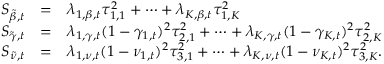
\begin{array} { r c l } { S _ { \tilde { \beta } , t } } & { = } & { \lambda _ { 1 , \beta , t } \tau _ { 1 , 1 } ^ { 2 } + \dots + \lambda _ { K , \beta , t } \tau _ { 1 , K } ^ { 2 } } \\ { S _ { \tilde { \gamma } , t } } & { = } & { \lambda _ { 1 , \gamma , t } ( 1 - \gamma _ { 1 , t } ) ^ { 2 } \tau _ { 2 , 1 } ^ { 2 } + \dots + \lambda _ { K , \gamma , t } ( 1 - \gamma _ { K , t } ) ^ { 2 } \tau _ { 2 , K } ^ { 2 } } \\ { S _ { \tilde { \nu } , t } } & { = } & { \lambda _ { 1 , \nu , t } ( 1 - \nu _ { 1 , t } ) ^ { 2 } \tau _ { 3 , 1 } ^ { 2 } + \dots + \lambda _ { K , \nu , t } ( 1 - \nu _ { K , t } ) ^ { 2 } \tau _ { 3 , K } ^ { 2 } . } \end{array}